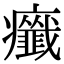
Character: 𤼋